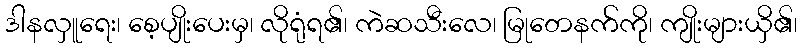
ဒါနလှူရေး၊ စေ့ပျိုးပေးမှ၊ လိုရုံရ၏၊ ကဲဆသီးလေ၊ မြုတေနက်ကို၊ ကျိုးများယှိ၏၊